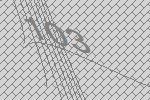
103